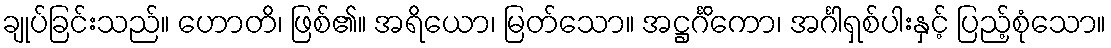
ချုပ်ခြင်းသည်။ ဟောတိ၊ ဖြစ်၏။ အရိယော၊ မြတ်သော။ အဋ္ဌင်္ဂိကော၊ အင်္ဂါရှစ်ပါးနှင့် ပြည့်စုံသော။